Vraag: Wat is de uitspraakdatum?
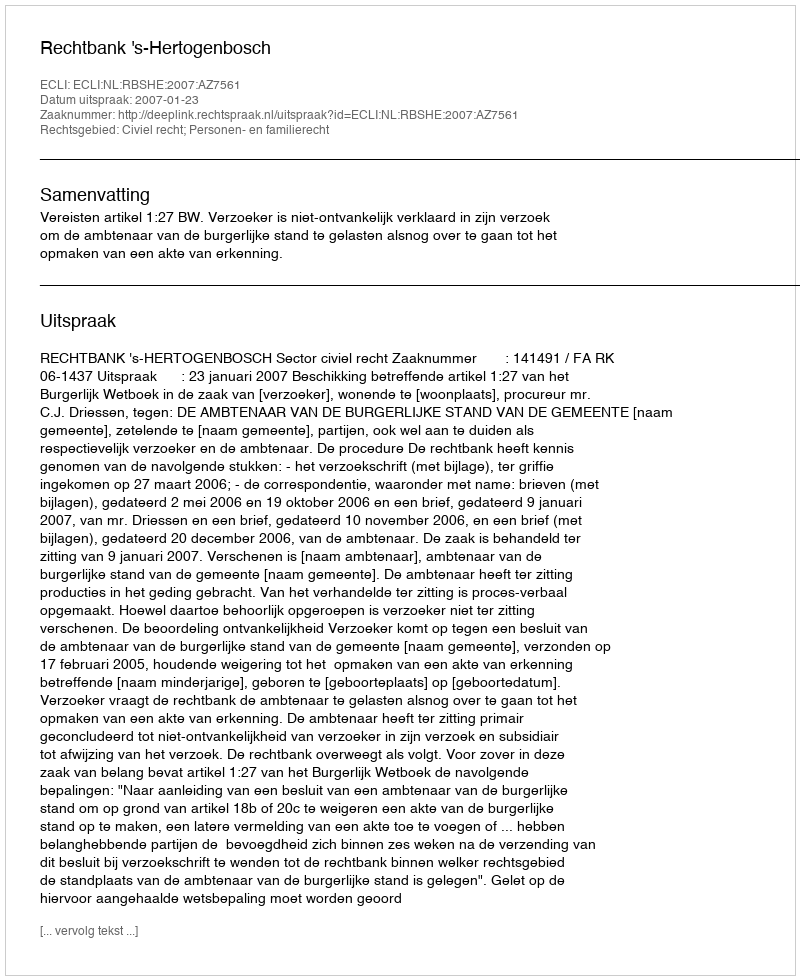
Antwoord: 2007-01-23